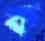
ক